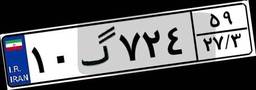
۳۰گ۴۵۸۳۷